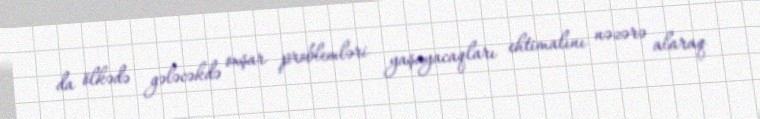
da ölkədə gələcəkdə oxşar problemləri yaşayacaqları ehtimalını nəzərə alaraq